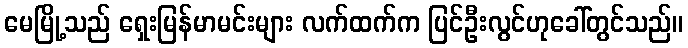
မေမြို့သည် ရှေးမြန်မာမင်းများ လက်ထက်က ပြင်ဦးလွင်ဟုခေါ်တွင်သည်။